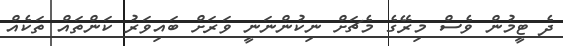
ދެ ޓީމުން ވެސް މިރޭގެ މެޗަށް ނިކުންނަނީ ވަރަށް ބައިވަރު ކަންތައް ތަކެއް